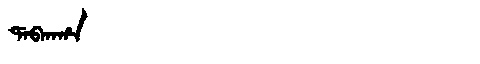
Manchu: ᡩᠠᠪᡴᠠᡥᠠ
Romanization: DABKAHA